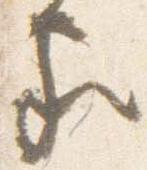
家